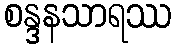
စန္ဒနသာရဿ